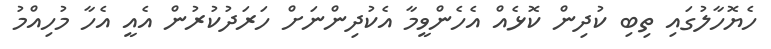
ހެޔޮހާލުގައި ތިބި ކުދިން ކޮޅެއް އެހެންވީމާ އެކުދިންނަށް ހަރަދުކުރުން އެއީ އެހާ މުހިއްމު